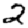
Digit: 2